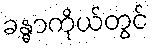
ခန္ဓာကိုယ်တွင်